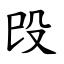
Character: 㱼